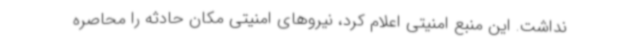
نداشت. این منبع امنیتی اعلام کرد، نیروهای امنیتی مکان حادثه را محاصره